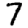
Digit: 7